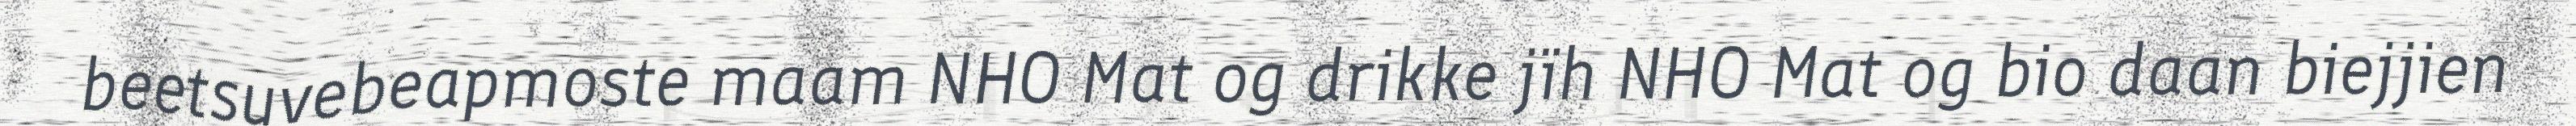
beetsuvebeapmoste maam NHO Mat og drikke jïh NHO Mat og bio daan biejjien